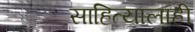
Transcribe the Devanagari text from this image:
साहित्यालाही